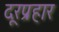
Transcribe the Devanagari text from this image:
दूरप्रहार